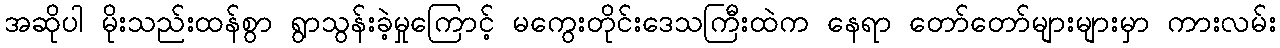
အဆိုပါ မိုးသည်းထန်စွာ ရွာသွန်းခဲ့မှုကြောင့် မကွေးတိုင်းဒေသကြီးထဲက နေရာ တော်တော်များများမှာ ကားလမ်း